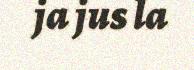
ja jus la